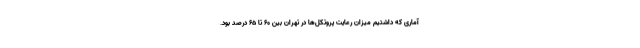
آماری که داشتیم میزان رعایت پروتکل‌ها در تهران بین ۶۰ تا ۶۵ درصد بود.